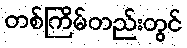
တစ်ကြိမ်တည်းတွင်